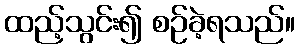
ထည့်သွင်း၍ စဉ်ခဲ့ရသည်။